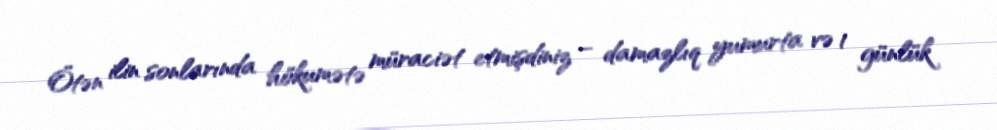
Ötən ilin sonlarında hökumətə müraciət etmişdiniz – damazlıq yumurta və 1 günlük